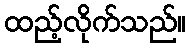
ထည့်လိုက်သည်။